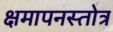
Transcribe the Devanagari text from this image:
क्षमापनस्तोत्र